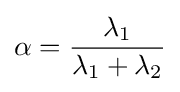
\alpha ={\frac {\lambda _{1}}{\lambda _{1}+\lambda _{2}}}